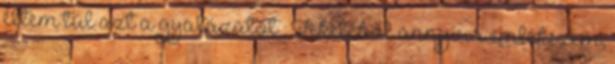
éltem túl azt a gyalázatot : Feketéből annyira emlékszem,